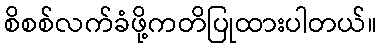
စိစစ်လက်ခံဖို့ကတိပြုထားပါတယ်။